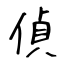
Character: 偵